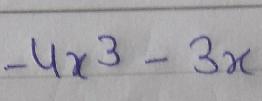
\(-4x^{3}-3x\)